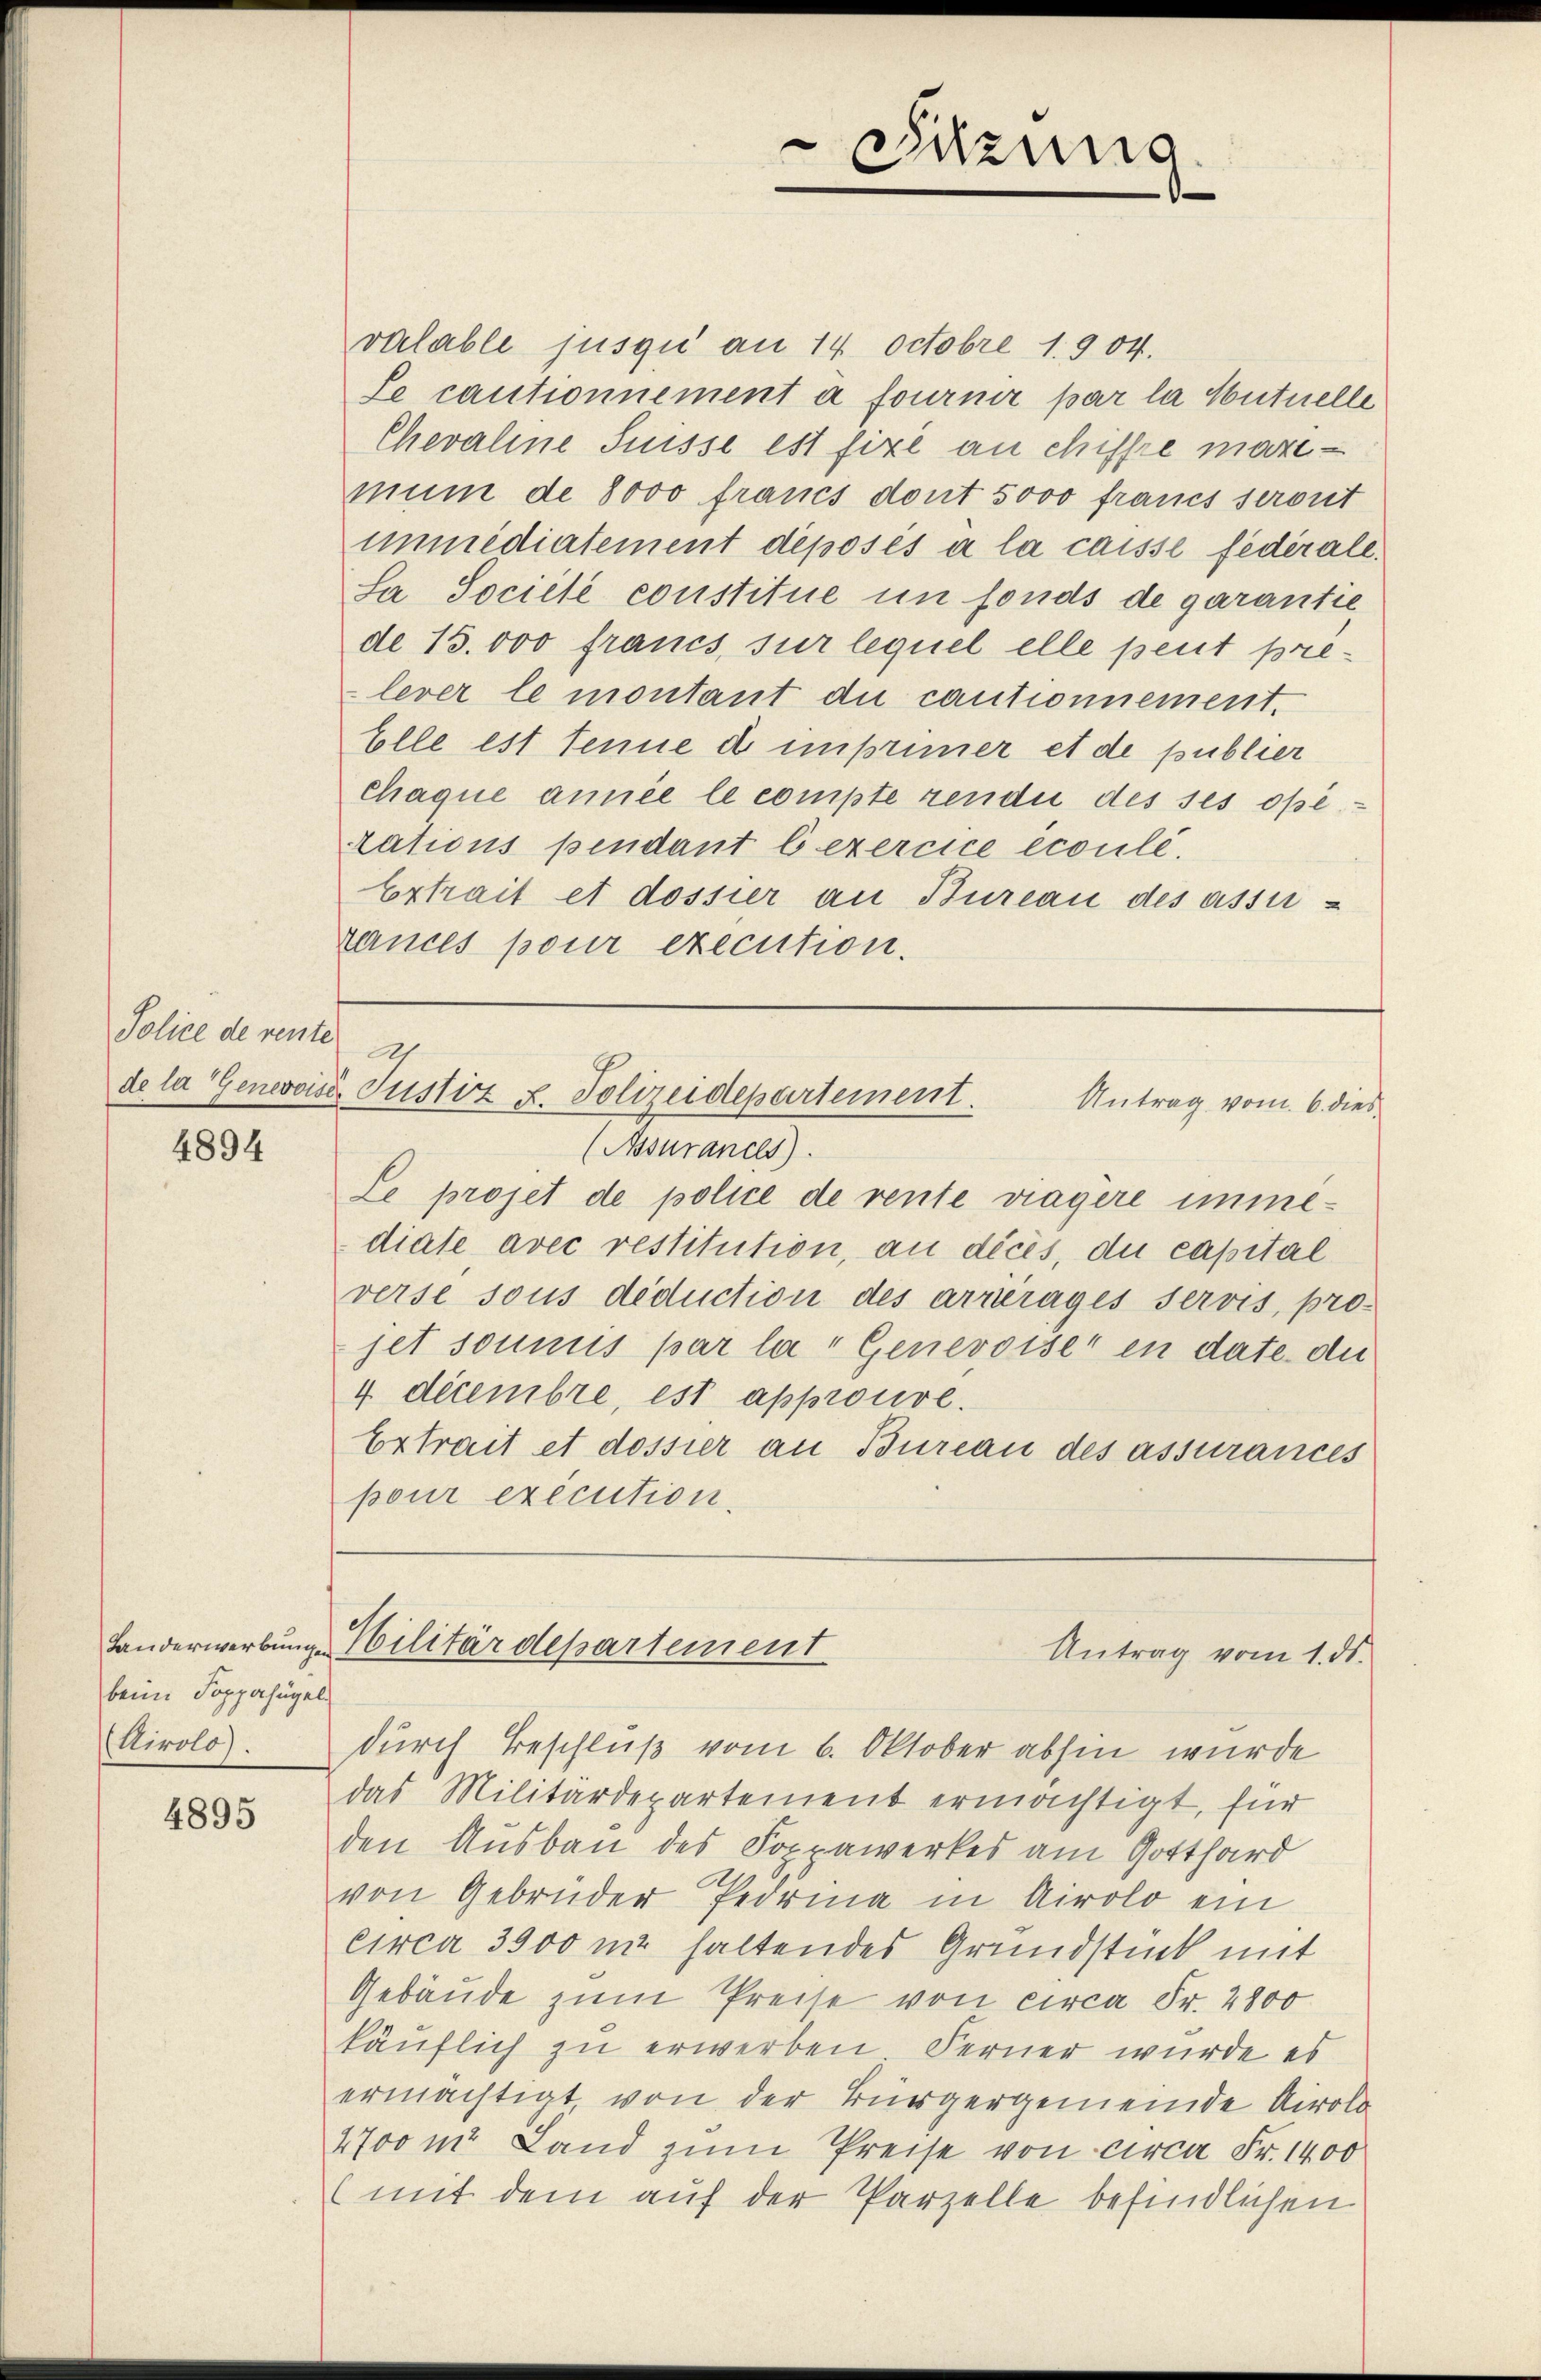
Police de rente

4894

beim Soppahügel
(Airolo.

4895

Sitzung

valable jusqu’ an 14 Octobre 1904.
Se cautionnement à fournir par la Montuelle
Chevaline Suisse est fixe an chiffre mazemum de 8000 francs dont 5000 francs seront
immediatement déposés à la caisse federall.
Sa Societe constitue in fonds de garantie
de 15.000 francs, sur lequel elle peut prelever le montant die cautionnement.
Elle est tenne d imprimer et de publier
Chaque année le compte rende des ses opetations pendant b exercice écoulé.
Extrait et dossier an Bureau des assirances pour execution.

d
de la Genevoises Justiz u. Polizeidepartement.
Antrag vom 6. dies

(Assurancs.
Le projet de police de rente trägere immediate avec restitution, an dices, du capital
verse sous deduction des arrérages servis, pro-
jet soumis par la " Genevoiser in date du
4 décembre, est approuve.
Extrait et dossier an Bureau des assurances
pour exécution.

Landerwerbung Militärdepartement
Antrag vom 1. ds.

durch Beschluß vom 6. Oktober abhin wurde
das Militärdepartement ermächtigt, für
den Ausbau des Foppawerkes am Gotthard
von Gebrüder Pedrina in Airolo ein
circa 3900 m haltendes Grundstück mit
Gebäude zum Preise von circa Fr. 2800
käuflich zu erwerben Ferner wurde es
ermächtigt von der Bürgergemeinde Airolo
4700 m. Land zum Preise von circa Fr. 1400
(mit dem auf der Parzelle befindlichen.